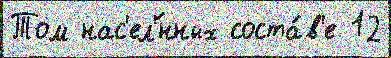
Том нас'ел'́нных соста́в'е 12